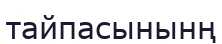
тайпасынынң